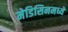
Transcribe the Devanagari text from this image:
मेडिसिनमध्ये